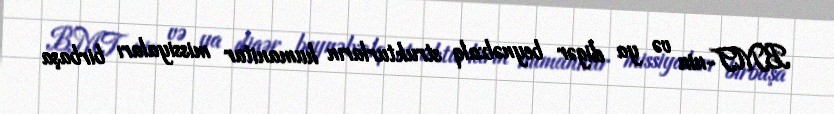
BMT-nin və ya digər beynəlxalq strukturların humanitar missiyaları birbaşa